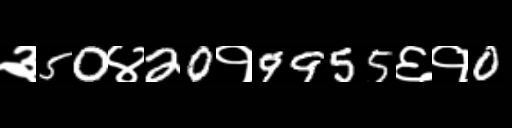
Text: ३50४20१9955६१0